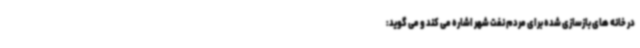
در خانه های بازسازی شده برای مردم نفت شهر اشاره می کند و می گوید: